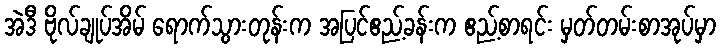
အဲဒီ ဗိုလ်ချုပ်အိမ် ရောက်သွားတုန်းက အပြင်ဧည့်ခန်းက ဧည့်စာရင်း မှတ်တမ်းစာအုပ်မှာ